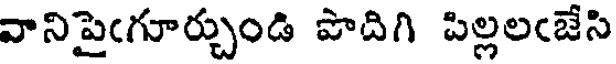
వానిపైఁగూర్చుండి పొదిగి పిల్లలఁజేసి